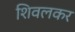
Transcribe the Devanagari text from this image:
शिवलकर